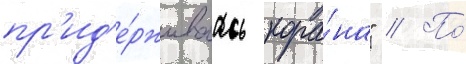
пр'ид'е́рживаась кора́на" // По́